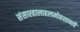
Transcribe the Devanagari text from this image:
संसारहालाहलमोहशान्त्यै